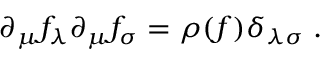
\partial _ { \mu } f _ { \lambda } \partial _ { \mu } f _ { \sigma } = \rho ( f ) \delta _ { \lambda \sigma } \; .